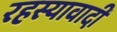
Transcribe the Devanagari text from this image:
रहस्यावादी